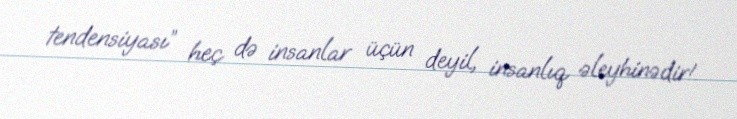
tendensiyası” heç də insanlar üçün deyil, insanlıq əleyhinədir!.